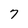
Character: 7